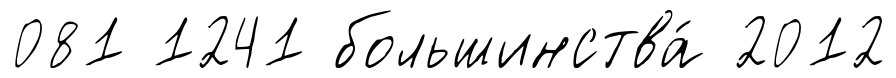
081 1241 большинства́ 2012